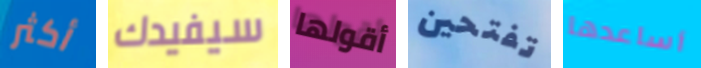
أكثر سيفيدك أقولها تفتحين أساعدها